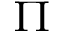
\Pi